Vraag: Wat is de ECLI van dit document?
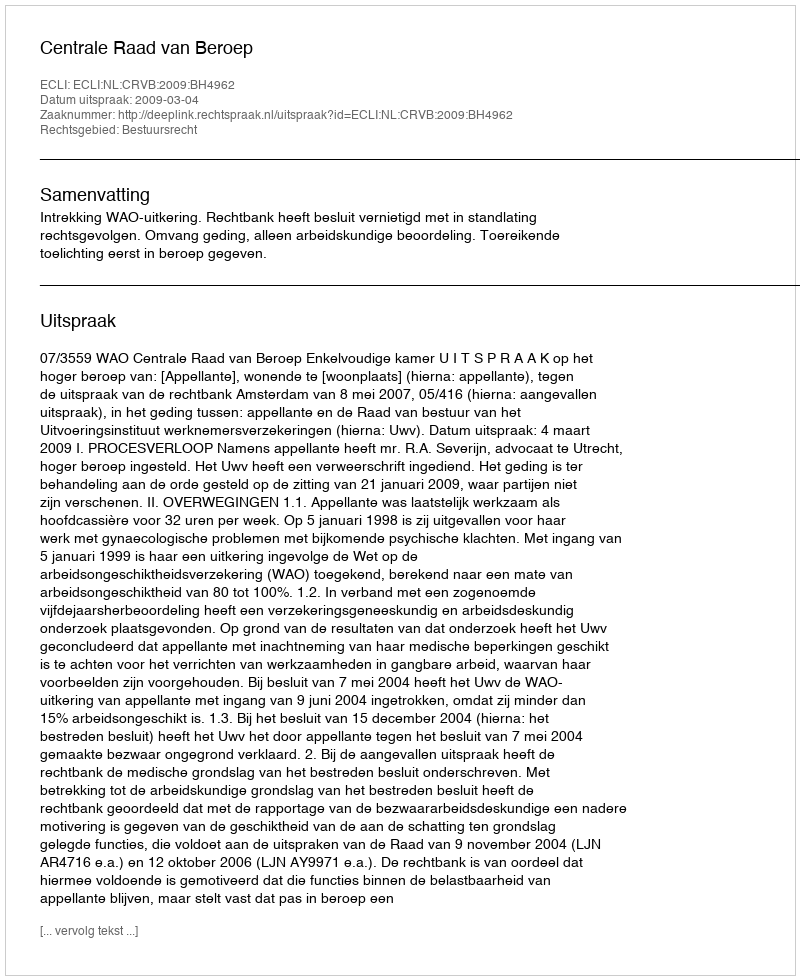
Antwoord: ECLI:NL:CRVB:2009:BH4962